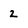
Character: 2